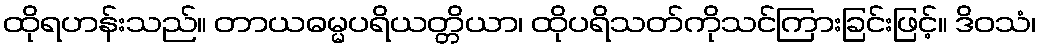
ထိုရဟန်းသည်။ တာယဓမ္မပရိယတ္တိယာ၊ ထိုပရိသတ်ကိုသင်ကြားခြင်းဖြင့်။ ဒိဝသံ၊